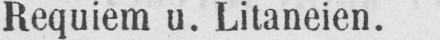
Requiem u. Litaneien.